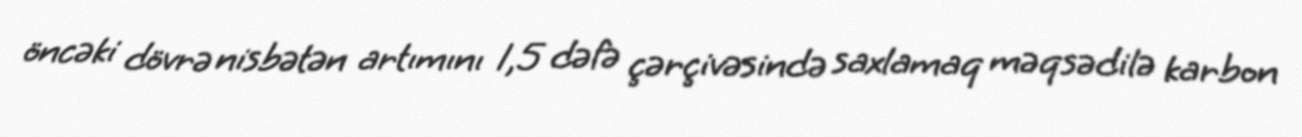
öncəki dövrə nisbətən artımını 1,5 dəfə çərçivəsində saxlamaq məqsədilə karbon